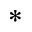
^ { \ast }